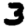
Digit: 3